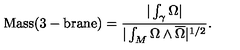
\mathrm { M a s s ( 3 - b r a n e ) } = { \frac { | \int _ { \gamma } \Omega | } { | \int _ { M } \Omega \wedge \overline { \Omega } | ^ { 1 / 2 } } } .